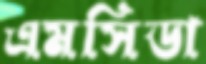
এমসিডা